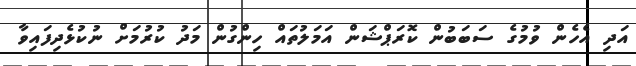
އަދި އެހެން ވުމުގެ ސަބަބުން ކޮރަޕްޝަން އަމަލުތައް ހިންގުން މަދު ކުރުމަށް ނުކުޅެދިފައިވާ